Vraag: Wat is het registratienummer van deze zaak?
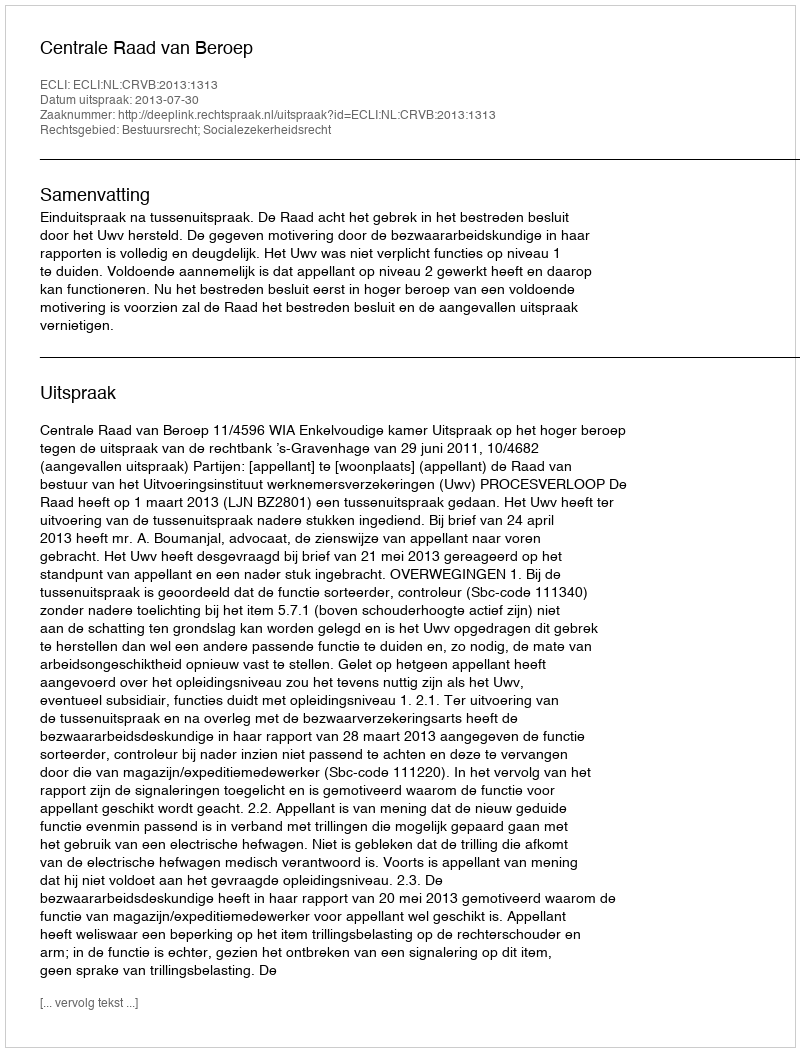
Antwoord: http://deeplink.rechtspraak.nl/uitspraak?id=ECLI:NL:CRVB:2013:1313